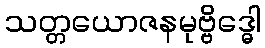
သတ္တယောဇနမုဗ္ဗိဒ္ဓေါ